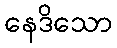
နေဒိသော